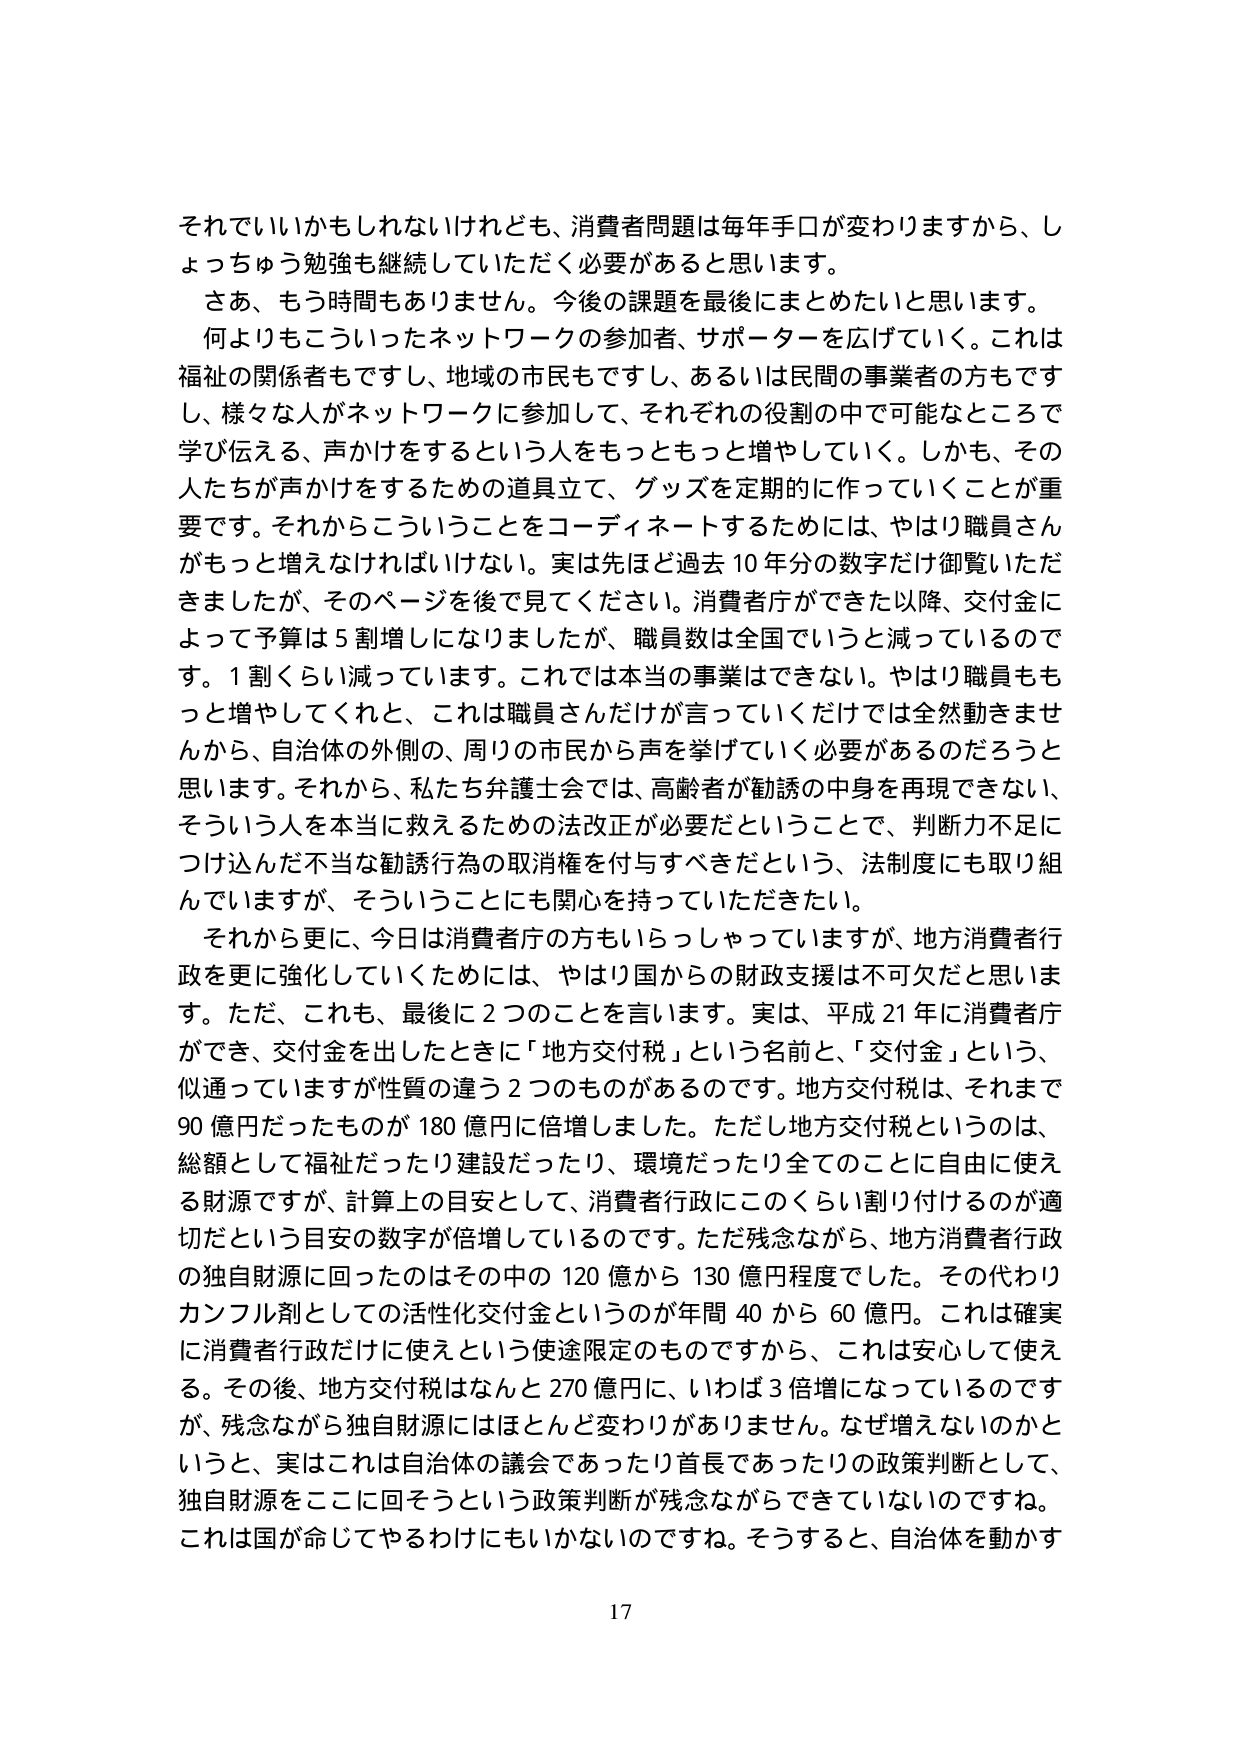
それでいいかもしれないけれども、消費者問題は毎年手口が変わりますから、しょっちゅう勉強も継続していただく必要があると思います。

さあ、もう時間もありません。今後の課題を最後にまとめたいと思います。

何よりもこういったネットワークの参加者、サポーターを広げていく。これは福祉の関係者もですし、地域の市民もですし、あるいは民間の事業者の方もですし、様々な人がネットワークに参加して、それぞれの役割の中で可能なところで学び伝える、声かけをするという人をもっともっと増やしていく。しかも、その人たちが声かけをするための道具立て、グッズを定期的に作っていくことが重要です。それからこういうことをコーディネートするためには、やはり職員さんがもっと増えなければいけない。実は先ほど過去10年分の数字だけ御覧いただきましたが、そのページを後で見てください。消費者庁ができて以来、交付金によって予算は5割増しになりましたが、職員数は全国でいうと減っているのです。1割くらい減っています。これでは本当の事業はできない。やはり職員ももっと増やしてくれと、これは職員さんだけが言っていくだけでは全然動きませんから、自治体の外側の、周りの市民から声を挙げていく必要があるのだろうと思います。それから、私たち弁護士会では、高齢者が勧誘の中身を再現できない、そういう人を本当に救えるための法改正が必要だということで、判断力不足につけ込んだ不当な勧誘行為の取消権を付与すべきだという、法制度にも取り組んでいますが、そういうことにも関心を持っていただきたい。

それから更に、今日は消費者庁の方もいらっしゃっていますが、地方消費者行政を更に強化していくためには、やはり国からの財政支援は不可欠だと思います。ただ、これも、最後に2つのことを言います。実は、平成21年に消費者庁ができ、交付金を出したときに「地方交付税」という名前と、「交付金」という、似通っていますが性質の違う2つのものがあるのです。地方交付税は、それまで90億円だったものが180億円に倍増しました。ただし地方交付税というのは、総額として福祉だったり建設だったり、環境だったり全てのことに自由に使える財源ですが、計算上の目安として、消費者行政にこのくらい割り付けるのが適切だという目安の数字が倍増しているのです。ただ残念ながら、地方消費者行政の独自財源に回ったのはその中の120億から130億円程度でした。その代わりカンフル剤としての活性化交付金というのが年間40から60億円。これは確実に消費者行政だけに使えという使途限定のものですから、これは安心して使える。その後、地方交付税はなんと270億円に、いわば3倍増になっているのですが、残念ながら独自財源にはほとんど変わりがありません。なぜ増えないのかというと、実はこれは自治体の議会であったり首長であったりの政策判断として、独自財源をここに回そうという政策判断が残念ながらできていないのですね。これは国が命じてやるわけにもいかないのですね。そうすると、自治体を動かす

17